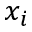
x _ { i }